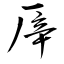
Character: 厗